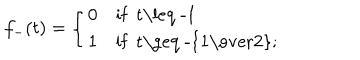
LaTeX: f _ { - } ( t ) = \left\{ \begin{array} { l l } { { 0 } } & { { \mathrm { i f ~ t \leq ~ - 1 ~ } } } \\ { { 1 } } & { { \mathrm { i f ~ t \geq ~ - { \frac { 1 } { 2 } } ; ~ } } } \\ \end{array} \right.